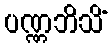
ပဏ္ဏဘိသိံ